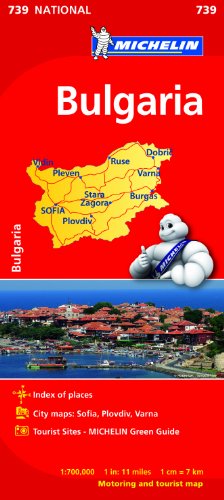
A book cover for Bulgaria (Michelin National Maps); Travel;